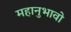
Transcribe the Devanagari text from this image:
महानुभावो